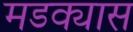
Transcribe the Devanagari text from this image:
मडक्यास